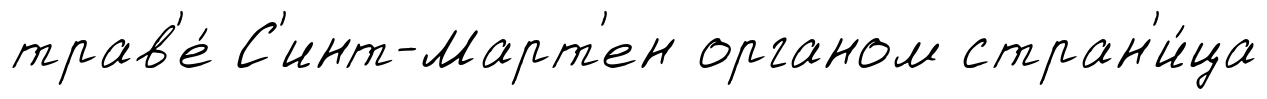
трав'е́ С'инт-Март'ен органом стран'и́ца